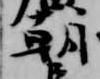
朝